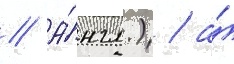
// А́нгл.) / а́